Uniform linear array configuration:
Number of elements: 12
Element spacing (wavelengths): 1
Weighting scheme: hamming
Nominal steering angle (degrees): -30
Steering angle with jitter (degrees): -31.341
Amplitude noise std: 0.05
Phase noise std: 0.05

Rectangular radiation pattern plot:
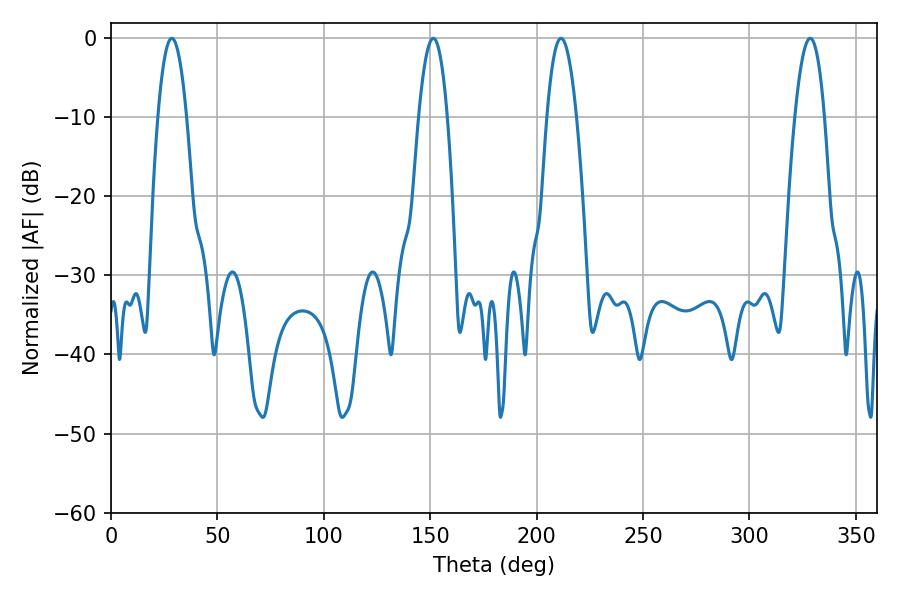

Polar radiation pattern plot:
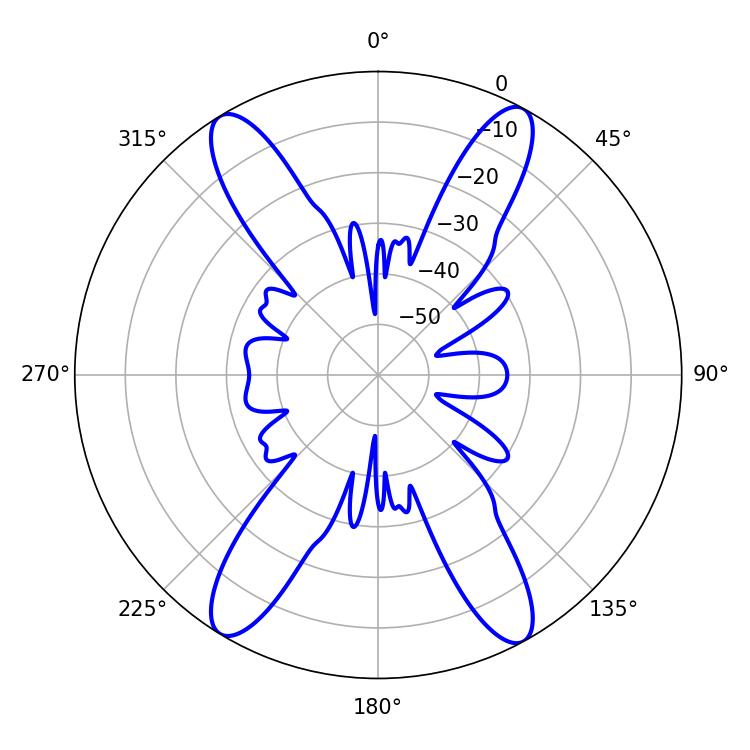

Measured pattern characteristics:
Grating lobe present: TRUE
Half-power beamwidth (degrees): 7.56
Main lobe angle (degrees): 328.5